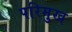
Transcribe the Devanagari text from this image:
परिमुख